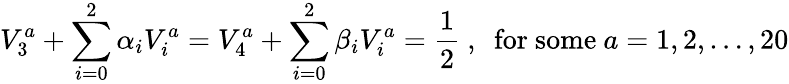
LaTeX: V_{3}^{a}+\sum_{i=0}^{2}\alpha_{i}V_{i}^{a}=V_{4}^{a}+\sum_{i=0}^{2}\beta_{i}V_{i}^{a}={\frac{1}{2}}~,~~{\mathrm{for~some}}~a=1,2,\dots,20